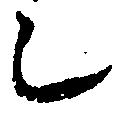
之